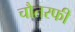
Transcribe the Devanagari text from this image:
चौतरफी